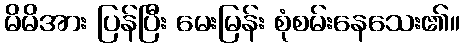
မိမိအား ပြန်ပြီး မေးမြန်း စုံစမ်းနေသေး၏။